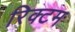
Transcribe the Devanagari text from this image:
रिक्टम